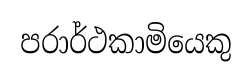
පරාර්ථකාමියෙකු